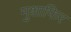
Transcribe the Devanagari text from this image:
मुशाफिर